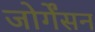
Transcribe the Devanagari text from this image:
जोर्गेंसन